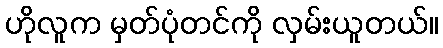
ဟိုလူက မှတ်ပုံတင်ကို လှမ်းယူတယ်။